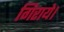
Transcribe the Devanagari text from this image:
गिराये।